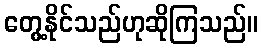
တွေ့နိုင်သည်ဟုဆိုကြသည်။